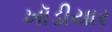
ખૉડીયાર